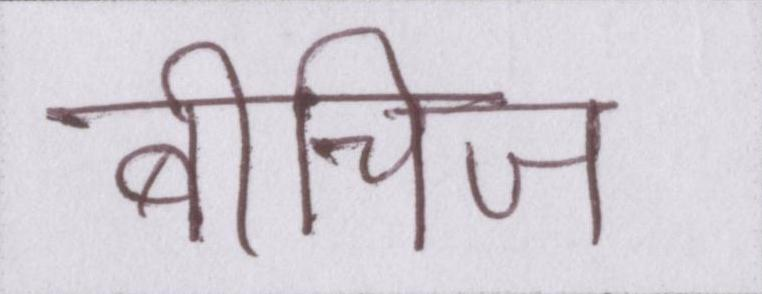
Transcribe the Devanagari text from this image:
बीचिज